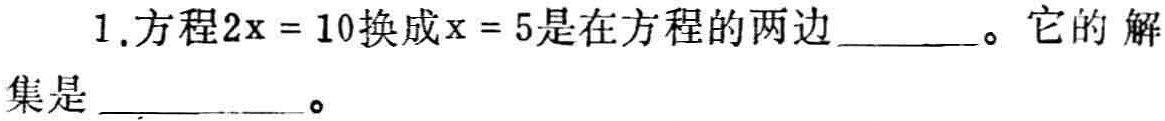
1.方程\(2x = 10\)换成\(x = 5\)是在方程的两边_______。它的解集是__________。